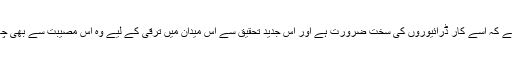
لیکن کمپنی کی سب سے بڑی مشکل یہ ہے کہ اسے کار ڈرائیوروں کی سخت ضرورت ہے اور اس جدید تحقیق سے اس میدان میں ترقی کے لیے وہ اس مصیبت سے بھی چھٹکارہ حاصل کرنے کی کوشش میں ہے۔